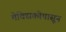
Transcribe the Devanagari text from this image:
मेक्सिकोपासून